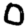
Digit: 0